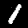
Label: 1